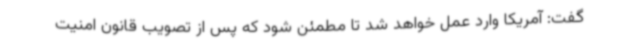
گفت: آمریکا وارد عمل خواهد شد تا مطمئن شود که پس از تصویب قانون امنیت